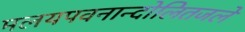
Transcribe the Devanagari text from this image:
मलयपवनान्दोलितजले